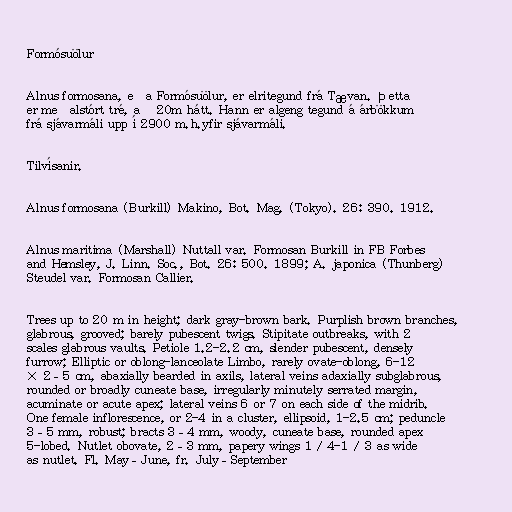
Formósuölur

Alnus formosana, eða Formósuölur, er elritegund frá Tævan. Þetta
er meðalstórt tré, að 20m hátt. Hann er algeng tegund á árbökkum
frá sjávarmáli upp í 2900 m.h.yfir sjávarmáli.

Tilvísanir.

Alnus formosana (Burkill) Makino, Bot. Mag. (Tokyo). 26: 390. 1912.

Alnus maritima (Marshall) Nuttall var. Formosan Burkill in FB Forbes
and Hemsley, J. Linn. Soc., Bot. 26: 500. 1899; A. japonica (Thunberg)
Steudel var. Formosan Callier.

Trees up to 20 m in height; dark gray-brown bark. Purplish brown branches,
glabrous, grooved; barely pubescent twigs. Stipitate outbreaks, with 2
scales glabrous vaults. Petiole 1.2-2.2 cm, slender pubescent, densely
furrow; Elliptic or oblong-lanceolate Limbo, rarely ovate-oblong, 6-12
× 2–5 cm, abaxially bearded in axils, lateral veins adaxially subglabrous,
rounded or broadly cuneate base, irregularly minutely serrated margin,
acuminate or acute apex; lateral veins 6 or 7 on each side of the midrib.
One female inflorescence, or 2-4 in a cluster, ellipsoid, 1-2.5 cm; peduncle
3–5 mm, robust; bracts 3–4 mm, woody, cuneate base, rounded apex
5-lobed. Nutlet obovate, 2–3 mm, papery wings 1 / 4-1 / 3 as wide
as nutlet. Fl. May–June, fr. July–September